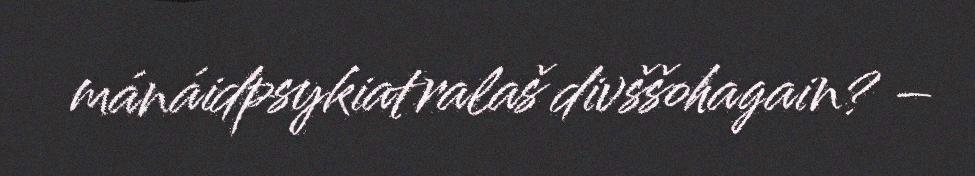
mánáidpsykiatralaš divššohagain? –